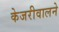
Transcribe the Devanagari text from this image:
केजरीवालने